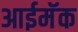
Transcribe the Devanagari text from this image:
आईमॅक